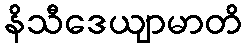
နိသီဒေယျာမာတိ